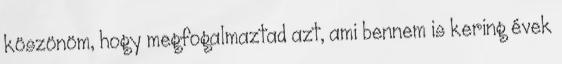
köszönöm, hogy megfogalmaztad azt, ami bennem is kering évek